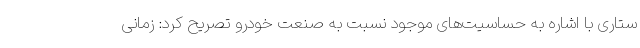
ستاری با اشاره به حساسیت‌های موجود نسبت به صنعت خودرو تصریح کرد: زمانی